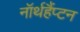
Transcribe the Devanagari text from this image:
नॉर्थहैंप्टन